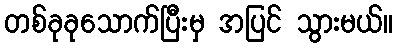
တစ်ခုခုသောက်ပြီးမှ အပြင် သွားမယ်။